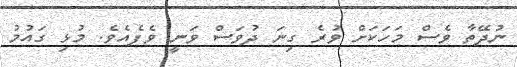
ނުދޭތާ ވެސް މަހަކަށް ވުރެ ގިނަ ދުވަސް ވަނީ ވެފެއެވެ. މުޅި ގައުމު